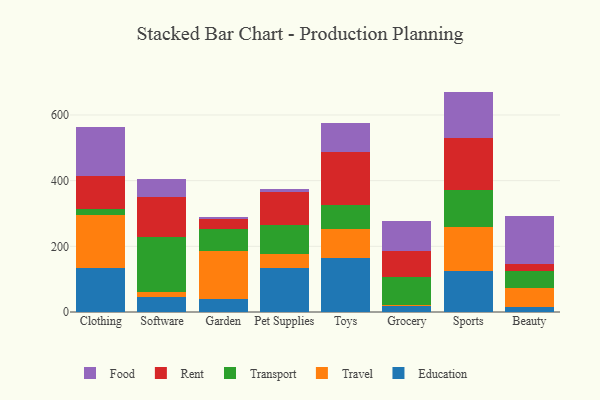
{"axis": {"x": "Category", "y": "Population (Million)"}, "legend": ["Education", "Food", "Rent", "Transport", "Travel"], "data": [{"x": "Clothing", "y": 133.5, "type": "Education"}, {"x": "Clothing", "y": 163.4, "type": "Travel"}, {"x": "Clothing", "y": 17.6, "type": "Transport"}, {"x": "Clothing", "y": 98.5, "type": "Rent"}, {"x": "Clothing", "y": 150.7, "type": "Food"}, {"x": "Software", "y": 44.6, "type": "Education"}, {"x": "Software", "y": 15.9, "type": "Travel"}, {"x": "Software", "y": 169.3, "type": "Transport"}, {"x": "Software", "y": 121.9, "type": "Rent"}, {"x": "Software", "y": 54.1, "type": "Food"}, {"x": "Garden", "y": 38.4, "type": "Education"}, {"x": "Garden", "y": 147.4, "type": "Travel"}, {"x": "Garden", "y": 66.5, "type": "Transport"}, {"x": "Garden", "y": 30.4, "type": "Rent"}, {"x": "Garden", "y": 7.1, "type": "Food"}, {"x": "Pet Supplies", "y": 133.2, "type": "Education"}, {"x": "Pet Supplies", "y": 42.1, "type": "Travel"}, {"x": "Pet Supplies", "y": 90.9, "type": "Transport"}, {"x": "Pet Supplies", "y": 98.0, "type": "Rent"}, {"x": "Pet Supplies", "y": 9.7, "type": "Food"}, {"x": "Toys", "y": 164.8, "type": "Education"}, {"x": "Toys", "y": 86.8, "type": "Travel"}, {"x": "Toys", "y": 73.0, "type": "Transport"}, {"x": "Toys", "y": 161.3, "type": "Rent"}, {"x": "Toys", "y": 90.7, "type": "Food"}, {"x": "Grocery", "y": 17.2, "type": "Education"}, {"x": "Grocery", "y": 5.5, "type": "Travel"}, {"x": "Grocery", "y": 83.2, "type": "Transport"}, {"x": "Grocery", "y": 79.2, "type": "Rent"}, {"x": "Grocery", "y": 93.3, "type": "Food"}, {"x": "Sports", "y": 125.5, "type": "Education"}, {"x": "Sports", "y": 133.7, "type": "Travel"}, {"x": "Sports", "y": 113.2, "type": "Transport"}, {"x": "Sports", "y": 158.6, "type": "Rent"}, {"x": "Sports", "y": 140.2, "type": "Food"}, {"x": "Beauty", "y": 15.2, "type": "Education"}, {"x": "Beauty", "y": 59.1, "type": "Travel"}, {"x": "Beauty", "y": 50.4, "type": "Transport"}, {"x": "Beauty", "y": 21.2, "type": "Rent"}, {"x": "Beauty", "y": 145.7, "type": "Food"}]}